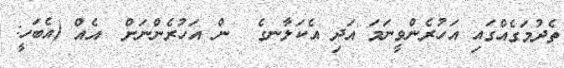
ތެދުމަގެއްގައި އަހުރެންވީނަމަ އަދި އެކަލާނގެ  ން އަހުރެންނަށް  އެއް (އެބަހީ: